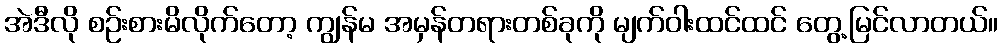
အဲဒီလို စဉ်းစားမိလိုက်တော့ ကျွန်မ အမှန်တရားတစ်ခုကို မျက်ဝါးထင်ထင် တွေ့မြင်လာတယ်။